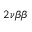
2 \ensuremath { \nu } \ensuremath { \beta } \ensuremath { \beta }